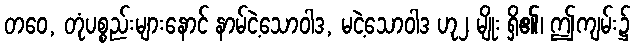
တဝေ, တုံပစ္စည်းများနောင် နာမ်ငဲ့သောဝါဒ, မငဲ့သောဝါဒ ဟု၂ မျိုး ရှိ၏၊ ဤကျမ်း၌